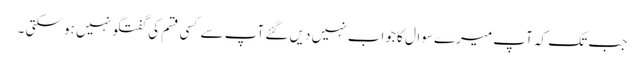
جب تک کہ آپ میرے سوال کا جواب نہیں دیں گئے آپ سے کسی قسم کی گفتگو نہیں ہو سکتی ۔